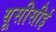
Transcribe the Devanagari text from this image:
यूसीसीई